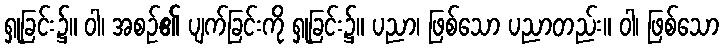
ရှုခြင်း၌။ ဝါ၊ အစဉ်၏ ပျက်ခြင်းကို ရှုခြင်း၌။ ပညာ၊ ဖြစ်သော ပညာတည်း။ ဝါ၊ ဖြစ်သော